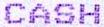
CASH